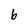
Character: b